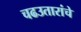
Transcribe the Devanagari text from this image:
चढउतारांचे